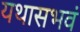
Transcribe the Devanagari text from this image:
यथासभवं